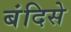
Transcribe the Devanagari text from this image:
बंदिसे